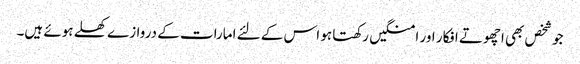
جو شخص بھی اچھوتے افکار اور امنگیں رکھتا ہو اس کے لئے امارات کے دروازے کھلے ہوئے ہیں۔